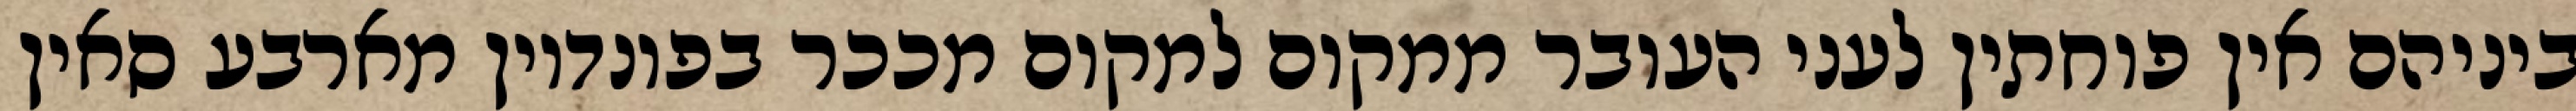
ביניהם אין פוחתין לעני העובר ממקום למקום מככר בפונדיון מארבע סאין